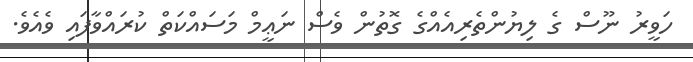
ހަވީރު ނޫސް ގެ ލިޔުންތެރިއެއްގެ ގޮތުން ވެސް ނަޢީމް މަސައްކަތް ކުރައްވާފައި ވެއެވެ.